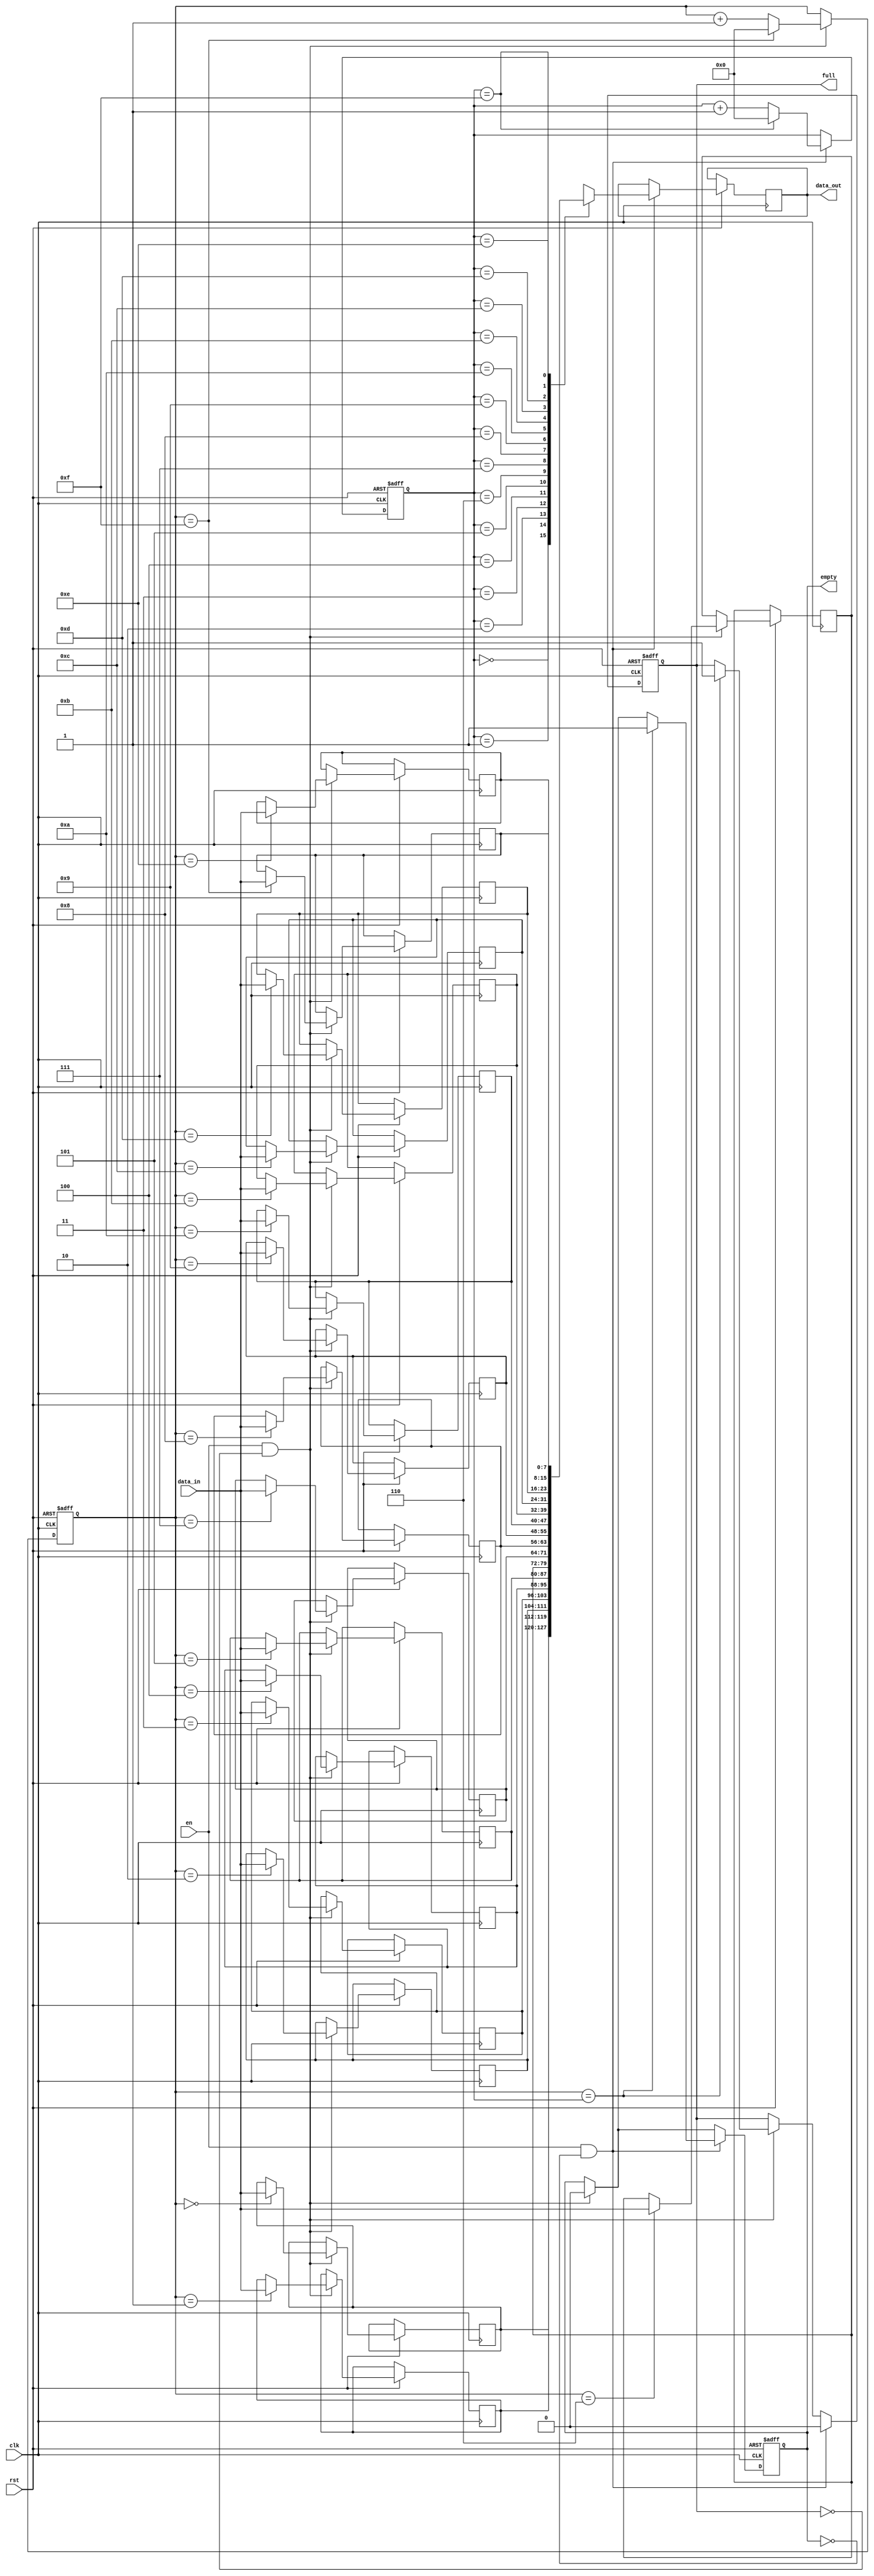
module gray_fifo(
    input clk,
    input rst,
    input en,
    input [7:0] data_in,
    output reg [7:0] data_out,
    output reg full,
    output reg empty
);

reg [7:0] fifo [0:15]; // FIFO buffer with 16 entries
reg [3:0] wr_ptr;
reg [3:0] rd_ptr;

always @(posedge clk or negedge rst) begin
    if (rst == 0) begin
        wr_ptr <= 4'd0;
        rd_ptr <= 4'd0;
        full <= 1'b0;
        empty <= 1'b1;
    end else begin
        if (en && !full) begin
            fifo[wr_ptr] <= data_in;
            if (wr_ptr == 4'd15)
                wr_ptr <= 4'd0;
            else
                wr_ptr <= wr_ptr + 1;
            empty <= 1'b0;
            if (wr_ptr == rd_ptr)
                full <= 1'b1;
        end
        if (en && !empty) begin
            data_out <= fifo[rd_ptr];
            if (rd_ptr == 4'd15)
                rd_ptr <= 4'd0;
            else
                rd_ptr <= rd_ptr + 1;
            full <= 1'b0;
            if (wr_ptr == rd_ptr)
                empty <= 1'b1;
        end
    end
end

endmodule